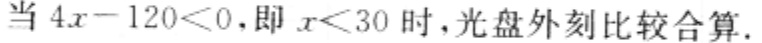
当 \(4x - 120 < 0\)，即 \(x < 30\) 时，光盘外刻比较合算.